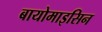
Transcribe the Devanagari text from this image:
बायोमाइसिन